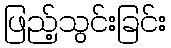
ဖြည့်သွင်းခြင်း